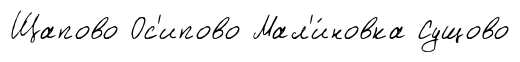
Щапово Ос'ипово Мал'и́новка Сущово